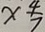
x \frac { 4 } { 2 }